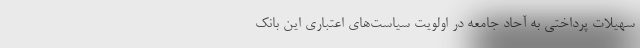
سهیلات پرداختی به آحاد جامعه در اولویت سیاست‌های اعتباری این بانک